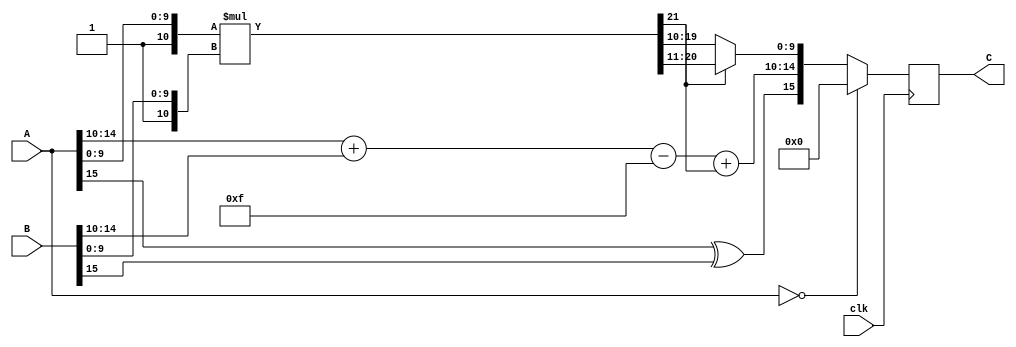
module mult(B,C, A, clk);
input  [15:0]A;
input clk;
input [15:0]B;
output reg    [15:0]C;

wire          [5:0]e;  //value of E in calculation
wire           [21:0]m; //value of 1.Ma*1.Mb in calculation
wire            [10:0]A_m;    //1.Ma
wire            [10:0]B_m;    //1.Mb

reg           [4:0]C_e; //get E for C
wire            C_sign; //get sign for C
reg           [9:0]C_m; //get Mantissa for C
//get sign

assign C_sign=(A[15]^B[15]); 
//get E
assign e[5:0]=(A[14:10]+B[14:10]-4'b1111); 
//get 1.Matissa for  A:1XXXX  B:XXXX   
assign A_m[10:0]={1'b1, A[9:0]};
assign B_m[10:0]={1'b1, B[9:0]};
assign m[21:0]=(A_m[10:0])*(B_m[10:0]);  //get a new 1.M


//end calculation

//get mantissa in C 
always@(posedge clk)
begin

if (A==0)  //consider 0 case
  begin
  C=16'b0;
  end
else begin
    if (m[21]==1'b1) 
    begin
    C_m=m[20:11];
    C_e=e[4:0]+m[21];
    C={C_sign,C_e[4:0],C_m[9:0]};
    end 
    else begin
    C_m=m[19:10];
    C_e=e[4:0]+m[21];
    C={C_sign,C_e[4:0],C_m[9:0]};
    end
end

//C_e=e[4:0]+m[21];
//C={C_sign,C_e[4:0],C_m[9:0]};
end
endmodule